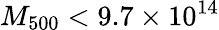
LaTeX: M_{500}<9.7\times 10^{14}